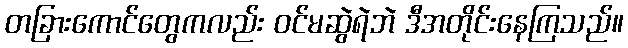
တခြားကောင်တွေကလည်း ဝင်မဆွဲရဲဘဲ ဒီအတိုင်းနေကြသည်။